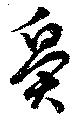
鼻